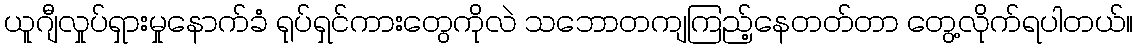
ယူဂျီလှုပ်ရှားမှုနောက်ခံ ရုပ်ရှင်ကားတွေကိုလဲ သဘောတကျကြည့်နေတတ်တာ တွေ့လိုက်ရပါတယ်။